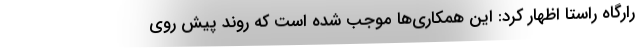
رارگاه راستا اظهار کرد: این همکاری‌ها موجب شده است که روند پیش روی